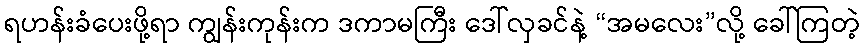
ရဟန်းခံပေးဖို့ရာ ကျွန်းကုန်းက ဒကာမကြီး ဒေါ်လှခင်နဲ့ “အမလေး”လို့ ခေါ်ကြတဲ့